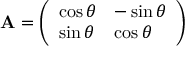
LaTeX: \mathbf { A } = { \left( \begin{array} { l l } { \cos \theta } & { - \sin \theta } \\ { \sin \theta } & { \cos \theta } \end{array} \right) }